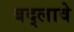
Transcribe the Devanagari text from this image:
बद्लावे